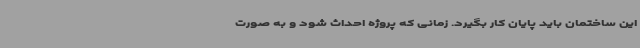
این ساختمان باید پایان کار بگیرد. زمانی که پروژه احداث شود و به صورت